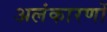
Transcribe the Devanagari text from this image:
अलंकारणों